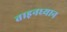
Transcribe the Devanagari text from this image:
ताड़नध्यान